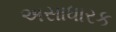
અસાધારક